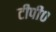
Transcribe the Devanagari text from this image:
टीपी०